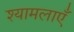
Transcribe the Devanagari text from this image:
श्यामलाएँ